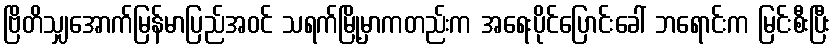
ဗြိတိသျှအောက်မြန်မာပြည်အဝင် သရက်မြို့မှာကတည်းက အရေးပိုင်ပြောင်းခေါ် ဘရောင်းက မြင်းစီးပြီး